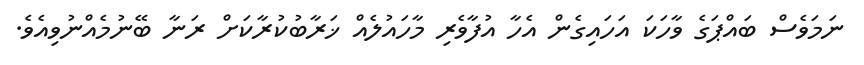
ނަމަވެސް ބައްޕަގެ ވާހަކަ އަހައިގެން އެހާ އުފާވެރި މާހައުލެއް ޚަރާބުކުރާކަށް ރަނާ ބޭނުމެއްނުވިއެވެ.